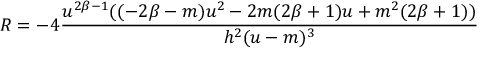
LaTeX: R = - 4 \frac { u ^ { 2 \beta - 1 } ( ( - 2 \beta - m ) u ^ { 2 } - 2 m ( 2 \beta + 1 ) u + m ^ { 2 } ( 2 \beta + 1 ) ) } { h ^ { 2 } ( u - m ) ^ { 3 } }